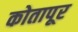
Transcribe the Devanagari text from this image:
कोतापूर